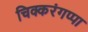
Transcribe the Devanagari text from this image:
चिक्करंगप्पा